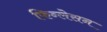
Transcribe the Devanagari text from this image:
फिन्लेसन